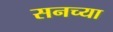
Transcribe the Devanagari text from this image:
सनच्या